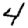
Digit: 4